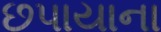
છપાયાના